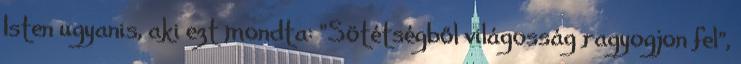
Isten ugyanis, aki ezt mondta: "Sötétségből világosság ragyogjon fel",